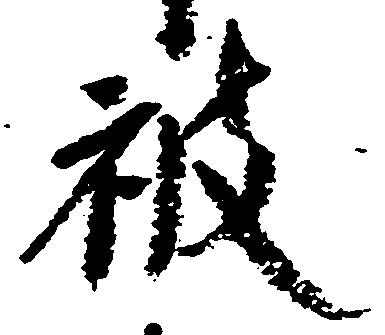
被